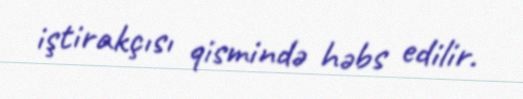
iştirakçısı qismində həbs edilir.